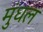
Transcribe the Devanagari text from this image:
मुंधल